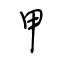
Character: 甲